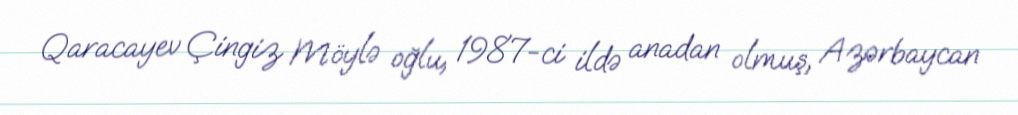
Qaracayev Çingiz Möylə oğlu, 1987-ci ildə anadan olmuş, Azərbaycan